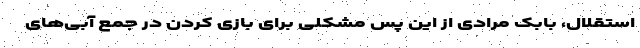
استقلال، بابک مرادی از این پس مشکلی برای بازی کردن در جمع آبی‌های